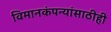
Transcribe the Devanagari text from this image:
विमानकंपन्यांसाठीही